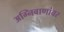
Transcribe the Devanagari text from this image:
अग्निबाणांवर